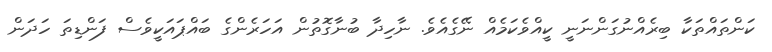
ކަންތައްތަކާ ބިރެއްނުގަންނަނީ ކީއްވެކަމެއް ނޭގެއެވެ. ނާހިދާ ބުނާގޮތުން އަހަރެންގެ ބައްޕައަކީވެސް ފަންޑިތަ ހަދަން